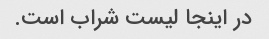
در اینجا لیست شراب است.